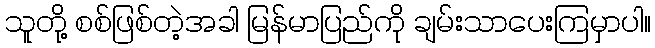
သူတို့ စစ်ဖြစ်တဲ့အခါ မြန်မာပြည်ကို ချမ်းသာပေးကြမှာပါ။